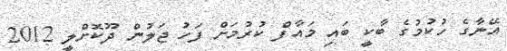
އޭނާގެ ހުކުމުގެ ބާކީ ބައި މައާފް ކުރުމަށް ފަހު ޖަލުން ދޫކޮށްލީ 2012